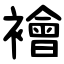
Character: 襘